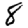
Digit: 8